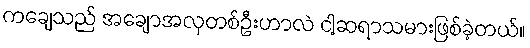
ကချေသည် အချောအလှတစ်ဦးဟာလဲ ငါ့ဆရာသမားဖြစ်ခဲ့တယ်။